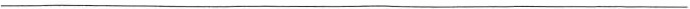
___